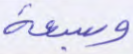
وسبعة